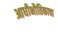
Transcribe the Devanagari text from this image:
आधीभौतिकाचा